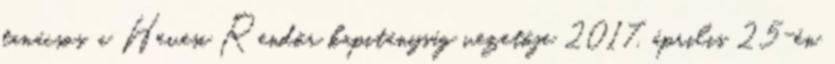
tanácsos, a Hevesi Rendőr kapitányság vezetője 2017. április 25-én